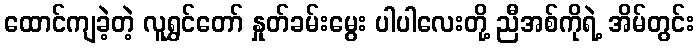
ထောင်ကျခဲ့တဲ့ လူရွှင်တော် နှုတ်ခမ်းမွေး ပါပါလေးတို့ ညီအစ်ကိုရဲ့ အိမ်တွင်း